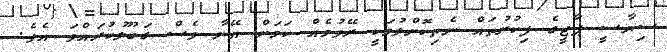
ސިޔާސީ ޕާޓީގެ ފިކުރުތައް ނެތިކޮށްލުމަކީ ރޭވުމެއް ކަމަށް އޭނާ ވެސް ގަބޫލުކުރައްވަ އެވެ.